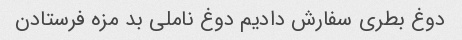
دوغ بطری سفارش دادیم دوغ ناملی بد مزه فرستادن